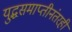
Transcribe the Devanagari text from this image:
युद्धसमाप्तीनंतरही